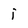
Character: i